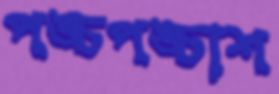
পঙ্চপঙ্চাশ